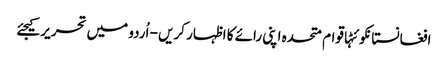
افغانستانکوئٹہاقوام متحدہ اپنی رائے کا اظہار کریں - اُردو میں تحریر کیجئے